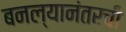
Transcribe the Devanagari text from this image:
बनल्यानंतरची